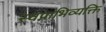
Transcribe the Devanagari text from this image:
स्वप्नाभिव्यक्ति